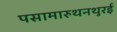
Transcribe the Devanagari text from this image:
पसामारुथनथुरई